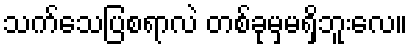
သက်သေပြစရာလဲ တစ်ခုမှမရှိဘူးလေ။